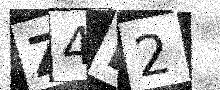
Text: Z4D2